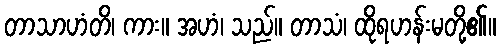
တာသာဟံတိ၊ ကား။ အဟံ၊ သည်။ တာသံ၊ ထိုရဟန်းမတို့၏။